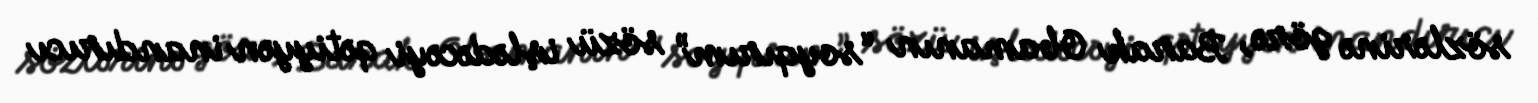
sözlərinə görə, Barak Obamanın “soyqırım” sözü işlədəcəyi qətiyyən inandırıcı